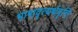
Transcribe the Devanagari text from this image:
भाषावृत्यर्थवृत्ति